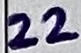
Text: 22